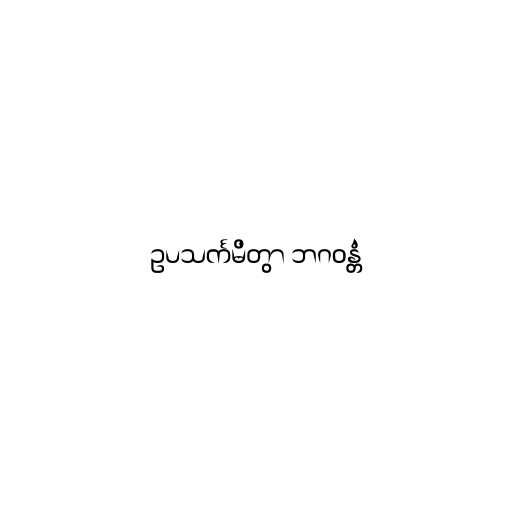
ဥပသင်္ကမိတွာ ဘဂဝန္တံ